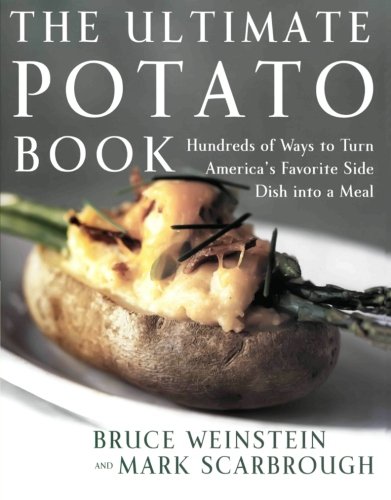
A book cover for Ultimate Potato Book: Hundreds of Ways to Turn America's Favorite Side Dish into a Meal (Ultimate Cookbooks); Bruce Weinstein; Cookbooks, Food & Wine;